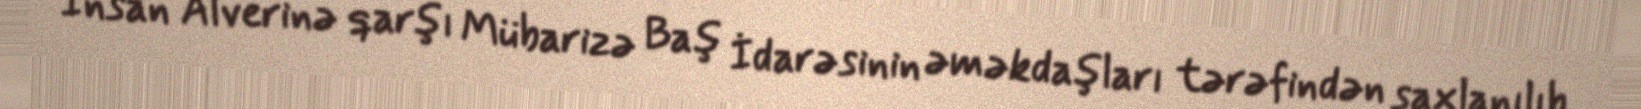
İnsan Alverinə qarşı Mübarizə Baş İdarəsinin əməkdaşları tərəfindən saxlanılıb.